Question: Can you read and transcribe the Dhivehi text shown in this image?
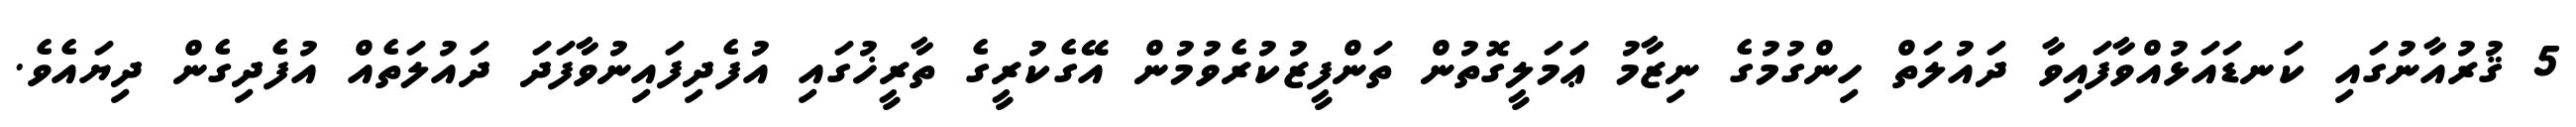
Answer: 5 ޤުރުއާނުގައި ކަނޑައަޅުއްވާފައިވާ ދައުލަތް ހިންގުމުގެ ނިޒާމު ޢަމަލީގޮތުން ތަންފީޒުކުރެވުމުން އޭގެކުރީގެ ތާރީޚުގައި އުފެދިފައިނުވާފަދަ ދައުލަތެއް އުފެދިގެން ދިޔައެވެ.